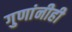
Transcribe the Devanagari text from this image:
गुणांनीही